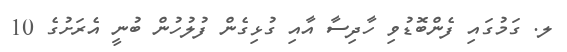
ލ. ގަމުގައި ފެންބޮޑުވި ހާދިސާ އާއި ގުޅިގެން ފުލުހުން ބުނީ އެރަށުގެ 10